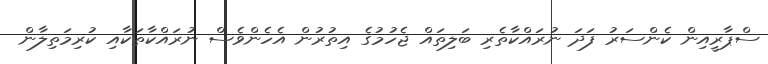
ސްޕާރީއިން ކެންސަރު ފަދަ ނުރައްކާތެރި ބަލިތައް ޖެހުމުގެ އިތުރުން އެހެންވެސް ނުރައްކާތަކާއި ކުރިމަތިލާން